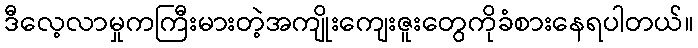
ဒီလေ့လာမှုကကြီးမားတဲ့အကျိုးကျေးဇူးတွေကိုခံစားနေရပါတယ်။